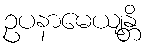
ဥပနာမေယျန္တိ